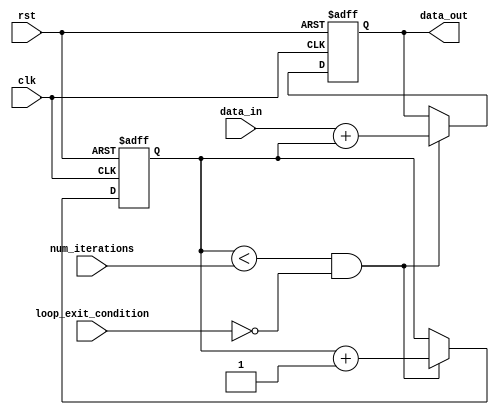
module behavioral_for_loop (

  input wire clk,
  input wire rst,
  input wire [7:0] num_iterations,
  input wire loop_exit_condition,

  input wire [7:0] data_in,
  output reg [7:0] data_out

);

reg [7:0] loop_counter;

always @ (posedge clk or posedge rst) begin
    if (rst) begin
        loop_counter <= 8'b0;
        data_out <= 8'b0;
    end else begin
        if (loop_counter < num_iterations && !loop_exit_condition) begin
            // Body of the for loop
            data_out <= data_in + loop_counter;
            loop_counter <= loop_counter + 1;
        end
    end
end

endmodule